Scottish Leaving Certificate Examination, 1953
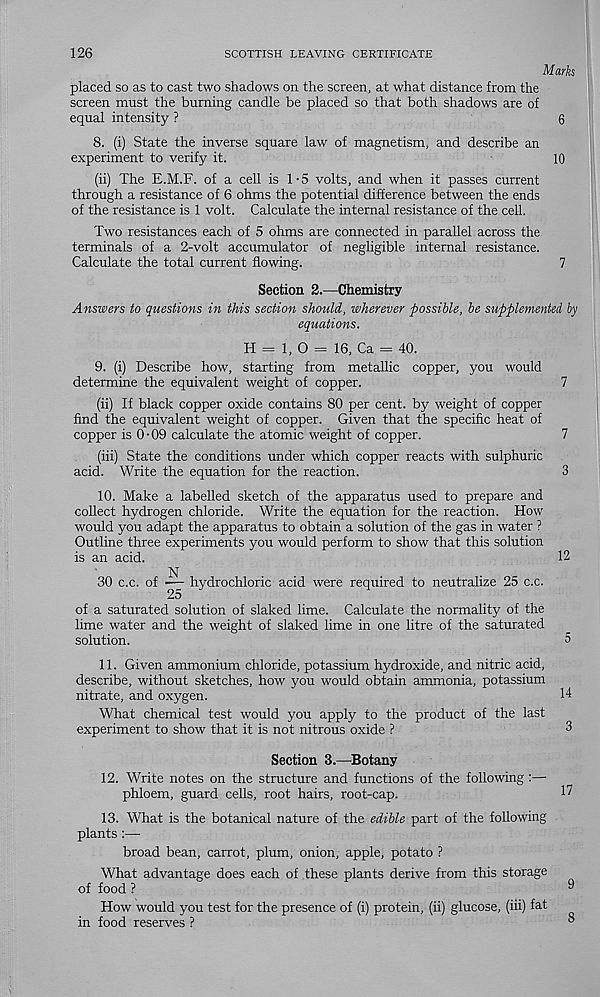
126
SCOTTISH LEAVING CERTIFICATE
Marks
placed so as to cast two shadows on the screen, at what distance from the
screen must the burning candle be placed so that both shadows are of
equal intensity ?
6
8. (i) State the inverse square law of magnetism, and describe an
experiment to verify it.
10
(ii) The E.M.F. of a cell is 1 • 5 volts, and when it passes current
through a resistance of 6 ohms the potential difference between the ends
of the resistance is 1 volt. Calculate the internal resistance of the cell.
Two resistances each of 5 ohms are connected in parallel across the
terminals of a 2-volt accumulator of negligible internal resistance.
Calculate the total current flowing.
7
Section 2.—Chemistry
Answers to questions in this section should, wherever possible, be supplemented by
equations.
H = 1, O = 16, Ca = 40.
9. (i) Describe how, starting from metallic copper, you would
determine the equivalent weight of copper.
7
(ii) If black copper oxide contains 80 per cent, by weight of copper
find the equivalent weight of copper. Given that the specific heat of
copper is 0-09 calculate the atomic weight of copper.
7
(iii) State the conditions under which copper reacts with sulphuric
acid. Write the equation for the reaction.
3
10. Make a labelled sketch of the apparatus used to prepare and
collect hydrogen chloride. Write the equation for the reaction. How
would you adapt the apparatus to obtain a solution of the gas in water ?
Outline three experiments you would perform to show that this solution
is an acid.
12
N
30 c.c. of —3- hydrochloric acid were required to neutralize 25 c.c.
of a saturated solution of slaked lime. Calculate the normality of the
lime water and the weight of slaked lime in one litre of the saturated
solution.
11. Given ammonium chloride, potassium hydroxide, and nitric acid,
describe, without sketches, how you would obtain ammonia, potassium
nitrate, and oxygen.
What chemical test would you apply to the product of the last
experiment to show that it is not nitrous oxide ?
Section 3.—Botany
12. Write notes on the structure and functions of the following :—
phloem, guard cells, root hairs, root-cap.
13. What is the botanical nature of the edible part of the following
plants :—
broad bean, carrot, plum, onion, apple, potato ?
What advantage does each of these plants derive from this storage
of food ?
How would you test for the presence of (i) protein, (ii) glucose, (iii) fat
in food reserves ?
14
17